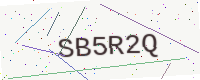
Text: SB5R2Q